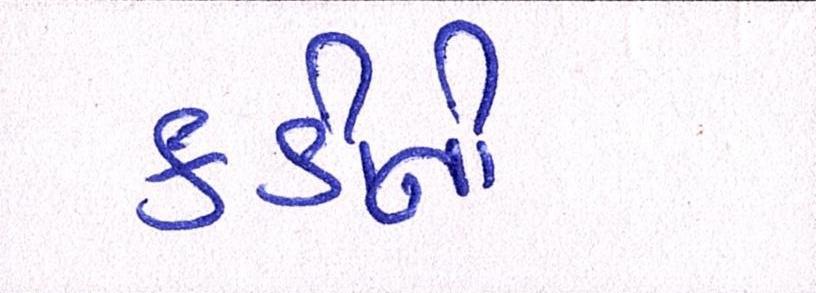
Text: કડીની